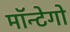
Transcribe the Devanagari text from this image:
मॉन्टेगो